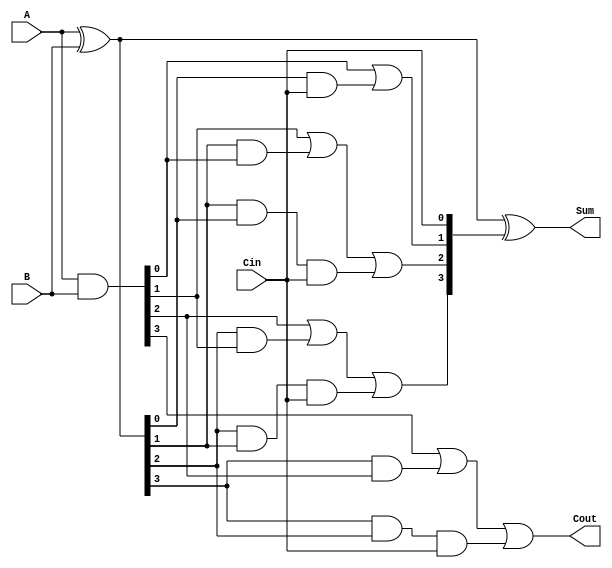
module RippleCarryLookaheadAdder #(
    parameter n = 4  // Parameter for the bit-width of the adder
) (
    input  [n-1:0] A,      // First n-bit input
    input  [n-1:0] B,      // Second n-bit input
    input         Cin,      // Carry input
    output [n-1:0] Sum,     // Sum output
    output         Cout      // Carry output
);

    // Internal signals for generate and propagate
    wire [n-1:0] G; // Generate signals
    wire [n-1:0] P; // Propagate signals
    wire [n:0] C;    // Carry signals

    // Generate and Propagate Logic
    assign G = A & B;           // Generate
    assign P = A ^ B;           // Propagate

    // Carry Generation Logic
    assign C[0] = Cin;          // C[0] = Cin
    genvar i;
    generate
        for (i = 0; i < n; i = i + 1) begin : carry_gen
            if (i == 0) begin
                assign C[1] = G[0] | (P[0] & C[0]); // C[1]
            end else if (i == 1) begin
                assign C[2] = G[1] | (P[1] & G[0]) | (P[1] & P[0] & C[0]); // C[2]
            end else begin
                assign C[i+1] = G[i] | (P[i] & G[i-1]) | (P[i] & P[i-1] & C[0]);
            end
        end
    endgenerate

    // Sum Calculation
    assign Sum = P ^ C[n-1:0];  // Sum calculation using propagate and carry signals
    assign Cout = C[n];          // Carry out

endmodule